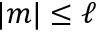
\vert m \vert \leq \ell